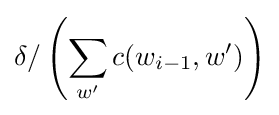
{\delta }/\left(\sum _{w'}c(w_{i-1},w')\right)